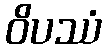
ဝိပဿံ